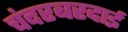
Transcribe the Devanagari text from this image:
चंदरबरदाई